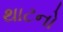
થાટનો